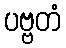
ပဗ္ဗတံ